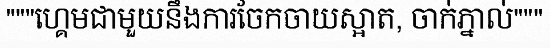
"""ហ្គេមជាមួយនឹងការចែកចាយស្អាត, ចាក់ភ្នាល់"""